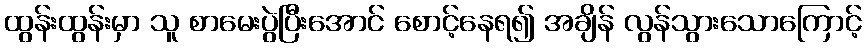
ထွန်းထွန်းမှာ သူ စာမေးပွဲပြီးအောင် စောင့်နေရ၍ အချိန် လွန်သွားသောကြောင့်